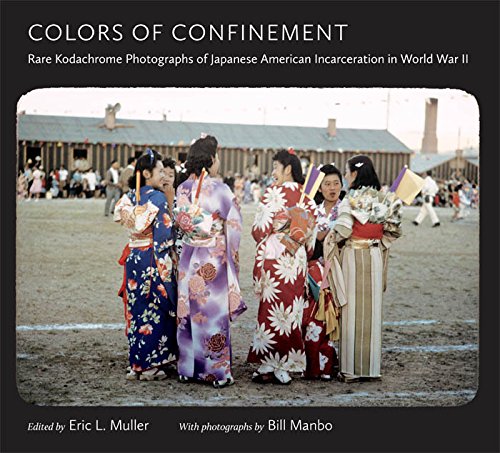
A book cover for Colors of Confinement: Rare Kodachrome Photographs of Japanese American Incarceration in World War II (Documentary Arts and Culture, Published in ... for Documentary Studies at Duke University); Arts & Photography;